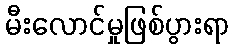
မီးလောင်မှုဖြစ်ပွားရာ